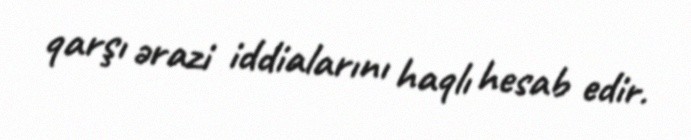
qarşı ərazi iddialarını haqlı hesab edir.